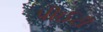
પીઈટી